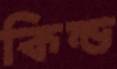
কিল্ড